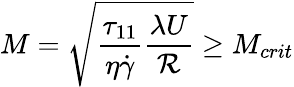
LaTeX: M=\sqrt{\frac{\tau_{11}}{\eta\dot{\gamma}}\frac{\lambda U}{\mathcal{R}}}\ge M_{crit}